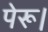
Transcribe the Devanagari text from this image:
पेरू।